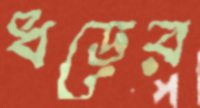
ধড়ের